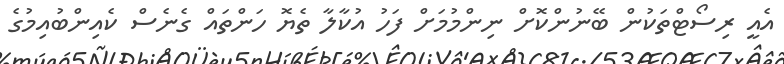
އެއީ ރިސޯޓްތަކުން ބޭނުންކޮށް ނިންމުމަށް ފަހު އުކާލާ ތެޔޮ ހަންތައް ގެނެސް ކެއިންބުއިމުގެ